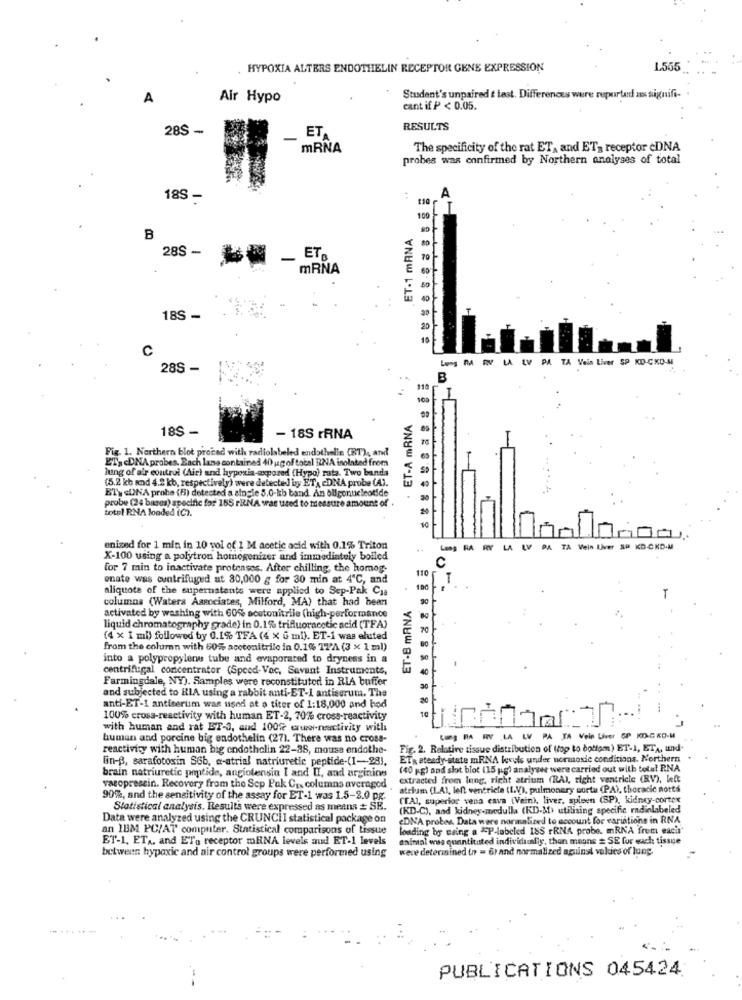
HYPOXIA ALTERS ENDOTHELIN RECEPTOR GENE EXPRESSION
L555
A
Air Hypo
Student's unpaired t test. Differences were reported as signifi-
cant if P< 0.05.
28S -
ET.
RESULTS
mRNA
The specificity of the rat ET, and ET- receptor cDNA
probes was confirmed by Northern analyses of total
18S -
100
.ET-1 mANA
B
28S -
ETB
mRNA
18S -
c
PA TA Vein Liver SP KD-CKO-M
28S -
B
-
. ET-A mRNA
18S -
- 18S rRNA
Fig. 1. Northern blot proced with radiolabeled endothelin (BT), and
ET> <DNA probes. Each lang contained 40 ug of total RNA isolated from
hung of a'r control (Air) and hypoxia exposed (Hypo) rata. Two banda
(5.2 kb knd 4.2 kb, respectively) were detected by ET, cDNA probe (A).
ET> <DNA probe (B) detected a single 5.0-kb band. An oligonucleotide
probe (24 bares) specific for 165 rRNA was used to nessure amount of .
total RNA loaded (C ?.
enized for 1 min in 10 vol of 1 M acetic acid with 0.1% Triton
Lang RA RY LA LV PA TA Viein liver SP
SP KD-CKD-M
X-100 using a polytron homogenizer and immediately boiled
C
for 7 min to inactivate protenses. After chilling, the homog-
110
enate was centrifuged at 80,000 g for 30 min at 4℃, and
ET-B mRNA .
aliquote of the supernstents were applied to Sep-Pak Cia
180
columna (Watera Associates, Milford, MA) that had been
activated by washing with 60% acetonitrile (high-performance
liquid chromatography grade) in 0.1% trifluoracetic acid (TFA)
(4 x I mi) followed by 0.1% TFA (4 x 5 ml). ET-1 was eluted
from the column with 60% acotonitrilo in 0.1% 17'A (3 x 1 ml)
into a polypropylene tube and evaporated to dryness in a
centrifugal concentrator (Speed-Vec, Savant Instruments,
Farmingdale, NY). Samples were reconstituted in RIA buffer
and subjected to HIA using a rabbit anti-ET-1 antieorum. The
anti-ET-1 antiserum was used at o titer of 1:18,000 and hod
10
100% cross-reactivity with human ET-2, 70% cross-reactivity
1
with human and rat ET-3, and 100% cruww-nenctivity with
human and porcine big endothelin (27). There was no cross-
reactivity with human big endothelin 22-38, mouss endothe-
Fig. 2. Relative tissue distribution of top to bottom) ET-1, ETA, und-
Ein-B, sarafotosin S6b, a-atrial natriuretic peptide-(1-28),
ETa steady-state mRNA levels under normoxic conditions. Northern
brain natriuretic peptide, angiotensin I and II, and arginine
(40 gg) and slot blot (15 pg) analyser were carried out with total RNA
extracted from lung, right atrium (RA), right ventricle (RV), Wel:
vazopresein. Recovery from the Scp Pak Ca. columns averaged
atrium (LAI, left ventricle (IV), pulmonary sorta (PA), thoracic notts
90%, and the sensitivity of the assay for ET-1 was 1.5-2.0 pg.
(TAI, superior vena cava (Vein), liver, spleen (SP), kidney-cortex
Statistical analysis. Results were expressed as means = SE.
(KD-C), and kidney-medulla (KD-&1) utilising specific radiolabeled
Data were analyzed using the CRUNCHI statistical package on
EDNA probes. Data were normalized to account for variations in RNA
an 1882 PC/AT computer. Statistical comparisons of Lissue
loading by using a *P-labeled 185 rRNA probe. mRNA frem eacir
ET-1, ETA, and ETa receptor mRNA levels aud ET-1 levels
animal was quantitated individualiy, thon means = SE for each tissue
between hypoxic and air control groups were performed using
were determined (n = 6) and normalized aguinst vokies of lung.
PUBLICATIONS 045424